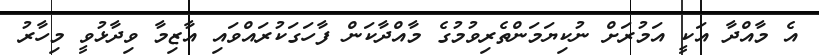
އެ މާއްދާ އަކީ އަމުރަށް ނުކިޔަމަންތެރިވުމުގެ މާއްދާކަން ފާހަގަކުރައްވައި އާޒިމާ ވިދާޅުވީ މިހާރު